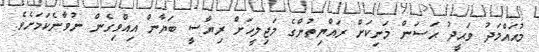
މުޙައްމަދު ވަޙީދު ޙަސަން މަނިކަށް ރައްޔިތުންގެ މަޖިލީހަށް ރިޔާސީ ބަޔާން އިއްވިގެން ނުވާނެކަމަށެވެ.